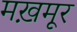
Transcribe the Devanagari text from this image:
मख़मूर